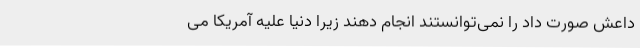
داعش صورت داد را نمی‌توانستند انجام دهند زیرا دنیا علیه آمریکا می